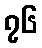
၇၆